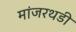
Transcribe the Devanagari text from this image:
मांजरथडी